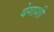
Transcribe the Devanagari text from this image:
येगाशी